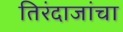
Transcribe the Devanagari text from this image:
तिरंदाजांचा